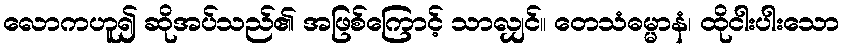
လောကဟူ၍ ဆိုအပ်သည်၏ အဖြစ်ကြောင့် သာလျှင်။ တေသံဓမ္မာနံ၊ ထိုငါးပါးသော